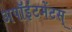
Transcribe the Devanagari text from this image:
अपॉईंटमेंटस्